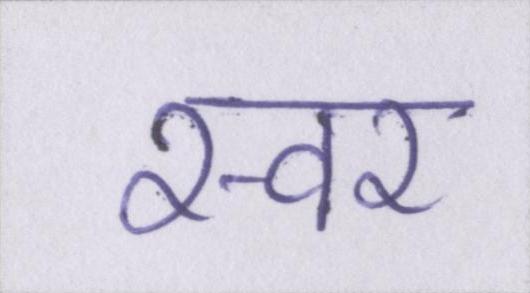
स्वर